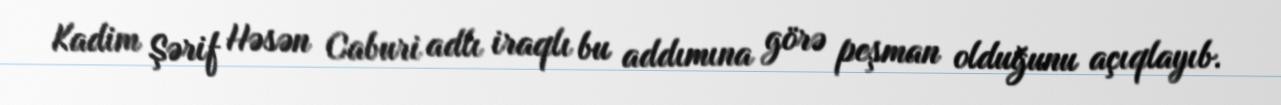
Kadim Şərif Həsən Caburi adlı iraqlı bu addımına görə peşman olduğunu açıqlayıb.